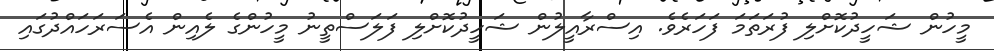
މީހުން ޝަހީދުކޮށްލި ފުރަތަމަ ފަހަރެވެ. އިސްރާއީލުން ޝަހީދުކޮށްލި ފަލަސްތީނު މީހުންގެ ލެއިން އެސަރަހައްދުގައި